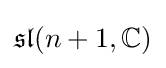
{\mathfrak {sl}}(n+1,\mathbb {C} )